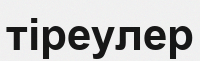
тіреулер